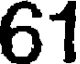
61